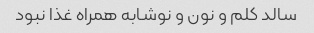
سالد کلم و نون و نوشابه همراه غذا نبود